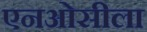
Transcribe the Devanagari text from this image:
एनओसीला